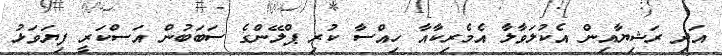
އަދި ރަޝިޔާއިން އެކުލަވާލާ އެމެރިކާއާ ހިއްސާ ކުރި ޕްލޭންގެ ސަބަބުން އަސްކަރީ ފިޔަވަޅު